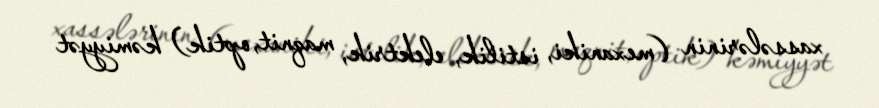
xassələrinin (mexaniki, istilik, elektrik, maqnit, optik) kəmiyyət